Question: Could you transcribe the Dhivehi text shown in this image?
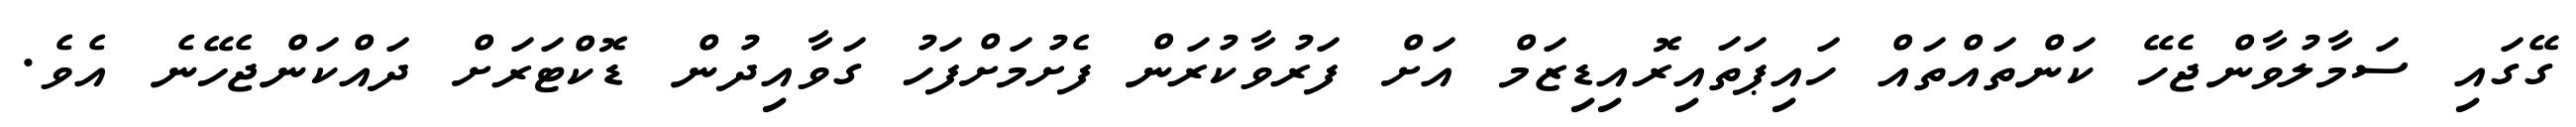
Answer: ގޭގައި ސަމާލުވާންޖެހޭ ކަންތައްތައް ހައިޕަތައިރޮއިޑިޒަމް އަށް ފަރުވާކުރަން ފެށުމަށްފަހު ގަވާއިދުން ޑޮކްޓަރަށް ދައްކަންޖެހޭނެ އެވެ.